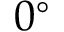
0 ^ { \circ }